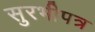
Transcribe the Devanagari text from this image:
सुरभीपत्र